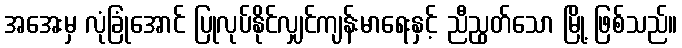
အအေးမှ လုံခြုံအောင် ပြုလုပ်နိုင်လျှင်ကျန်းမာရေးနှင့် ညီညွတ်သော မြို့ ဖြစ်သည်။